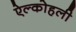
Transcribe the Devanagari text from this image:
ऐल्कोहली